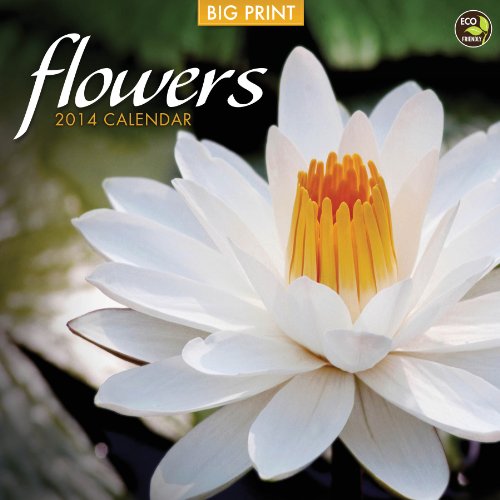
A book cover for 2014 Flowers (BIG PRINT) Wall Calendar; TF Publishing; Calendars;